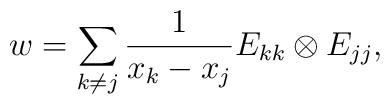
w=\sum_{k\neq j}\frac{1}{x_k-x_j}E_{kk}\otimes E_{jj},